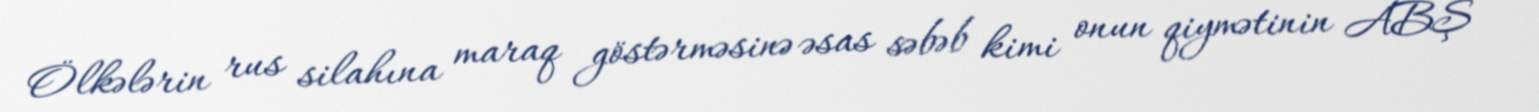
Ölkələrin rus silahına maraq göstərməsinə əsas səbəb kimi onun qiymətinin ABŞ